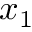
x _ { 1 }